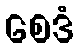
စေဒံ